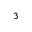
_ 3